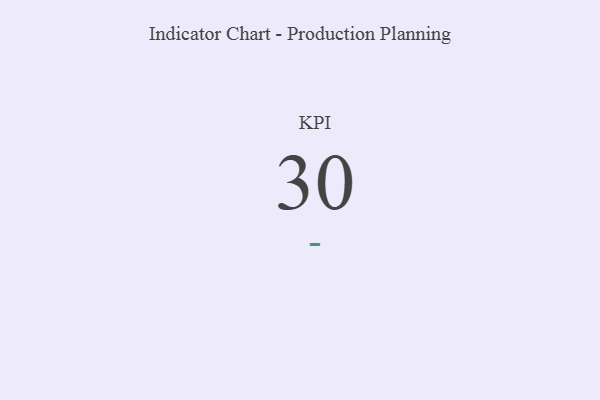
{"axis": {"x": "KPI", "y": "Value"}, "legend": [""], "data": [{"x": "KPI", "y": 30, "type": ""}]}